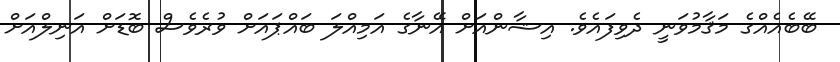
ބޭބެއެއްގެ މަޤާމުވަނީ ދެވިފައެވެ. އިޝާންއަށް އޭނާގެ އަމިއްލަ ބައްޕައަށް ވުރެވެސް ބޮޑަށް އަނިލްއަށް